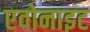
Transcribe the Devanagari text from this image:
एवोनाइट